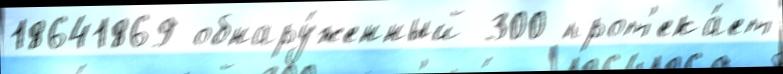
18641869 обнару́женный 300 прот'ека́ет